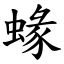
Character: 蝝